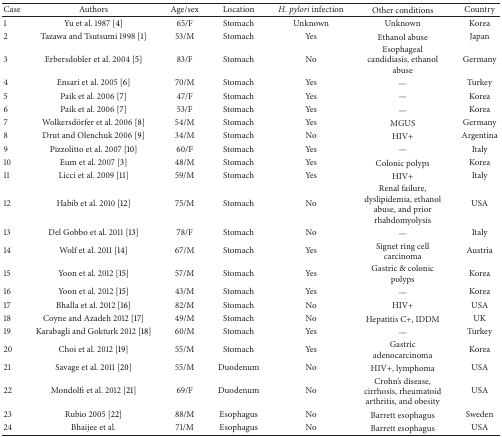
<table><thead><tr><td><b>Case</b></td><td><b>Authors</b></td><td><b>Age/sex</b></td><td><b>Location</b></td><td><b><i>H. pylori</i> infection</b></td><td><b>Other conditions</b></td><td><b>Country</b></td></tr></thead><tbody><tr><td>1</td><td>Yu et al. 1987 [4]</td><td>65/F</td><td>Stomach</td><td>Unknown</td><td>Unknown</td><td>Korea</td></tr><tr><td>2</td><td>Tazawa and Tsutsumi 1998 [1]</td><td>53/M</td><td>Stomach</td><td>Yes</td><td>Ethanol abuse</td><td>Japan</td></tr><tr><td>3</td><td>Erbersdobler et al. 2004 [5]</td><td>83/F</td><td>Stomach</td><td>No</td><td>Esophageal candidiasis, ethanol abuse</td><td>Germany</td></tr><tr><td>4</td><td>Ensari et al. 2005 [6]</td><td>70/M</td><td>Stomach</td><td>Yes</td><td>—</td><td>Turkey</td></tr><tr><td>5</td><td>Paik et al. 2006 [7]</td><td>47/F</td><td>Stomach</td><td>Yes</td><td>—</td><td>Korea</td></tr><tr><td>6</td><td>Paik et al. 2006 [7]</td><td>53/F</td><td>Stomach</td><td>Yes</td><td>—</td><td>Korea</td></tr><tr><td>7</td><td>Wolkersdörfer et al. 2006 [8]</td><td>54/M</td><td>Stomach</td><td>Yes</td><td>MGUS</td><td>Germany</td></tr><tr><td>8</td><td>Drut and Olenchuk 2006 [9]</td><td>34/M</td><td>Stomach</td><td>No</td><td>HIV+</td><td>Argentina</td></tr><tr><td>9</td><td>Pizzolitto et al. 2007 [10]</td><td>60/F</td><td>Stomach</td><td>Yes</td><td>—</td><td>Italy</td></tr><tr><td>10</td><td>Eum et al. 2007 [3]</td><td>48/M</td><td>Stomach</td><td>Yes</td><td>Colonic polyps</td><td>Korea</td></tr><tr><td>11</td><td>Licci et al. 2009 [11]</td><td>59/M</td><td>Stomach</td><td>Yes</td><td>HIV+</td><td>Italy</td></tr><tr><td>12</td><td>Habib et al. 2010 [12]</td><td>75/M</td><td>Stomach</td><td>No</td><td>Renal failure, dyslipidemia, ethanol abuse, and prior rhabdomyolysis</td><td>USA</td></tr><tr><td>13</td><td>Del Gobbo et al. 2011 [13]</td><td>78/F</td><td>Stomach</td><td>No</td><td>—</td><td>Italy</td></tr><tr><td>14</td><td>Wolf et al. 2011 [14]</td><td>67/M</td><td>Stomach</td><td>Yes</td><td>Signet ring cell carcinoma</td><td>Austria</td></tr><tr><td>15</td><td>Yoon et al. 2012 [15]</td><td>57/M</td><td>Stomach</td><td>Yes</td><td>Gastric &amp; colonic polyps</td><td>Korea</td></tr><tr><td>16</td><td>Yoon et al. 2012 [15]</td><td>43/M</td><td>Stomach</td><td>Yes</td><td>—</td><td>Korea</td></tr><tr><td>17</td><td>Bhalla et al. 2012 [16]</td><td>82/M</td><td>Stomach</td><td>No</td><td>HIV+</td><td>USA</td></tr><tr><td>18</td><td>Coyne and Azadeh 2012 [17]</td><td>49/M</td><td>Stomach</td><td>No</td><td>Hepatitis C+, IDDM</td><td>UK</td></tr><tr><td>19</td><td>Karabagli and Gokturk 2012 [18]</td><td>60/M</td><td>Stomach</td><td>Yes</td><td>—</td><td>Turkey</td></tr><tr><td>20</td><td>Choi et al. 2012 [19]</td><td>55/M</td><td>Stomach</td><td>Yes</td><td>Gastric adenocarcinoma</td><td>Korea</td></tr><tr><td>21</td><td>Savage et al. 2011 [20]</td><td>55/M</td><td>Duodenum</td><td>No</td><td>HIV+, lymphoma</td><td>USA</td></tr><tr><td>22</td><td>Mondolfi et al. 2012 [21]</td><td>69/F</td><td>Duodenum</td><td>No</td><td>Crohn&#x27;s disease, cirrhosis, rheumatoid arthritis, and obesity</td><td>USA</td></tr><tr><td>23</td><td>Rubio 2005 [22]</td><td>88/M</td><td>Esophagus</td><td>No</td><td>Barrett esophagus</td><td>Sweden</td></tr><tr><td>24</td><td>Bhaijee et al.</td><td>71/M</td><td>Esophagus</td><td>No</td><td>Barrett esophagus</td><td>USA</td></tr></tbody></table>